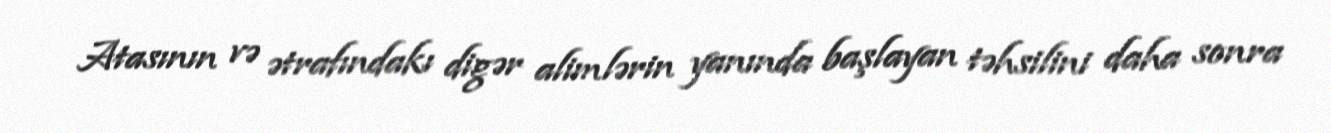
Atasının və ətrafındakı digər alimlərin yanında başlayan təhsilini daha sonra